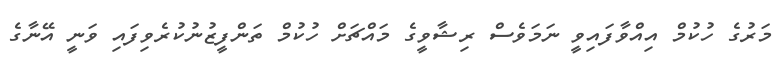
މަރުގެ ހުކުމް އިއްވާފައިވީ ނަމަވެސް ރިޝާވީގެ މައްޗަށް ހުކުމް ތަންފީޒުނުކުރެވިފައި ވަނީ އޭނާގެ